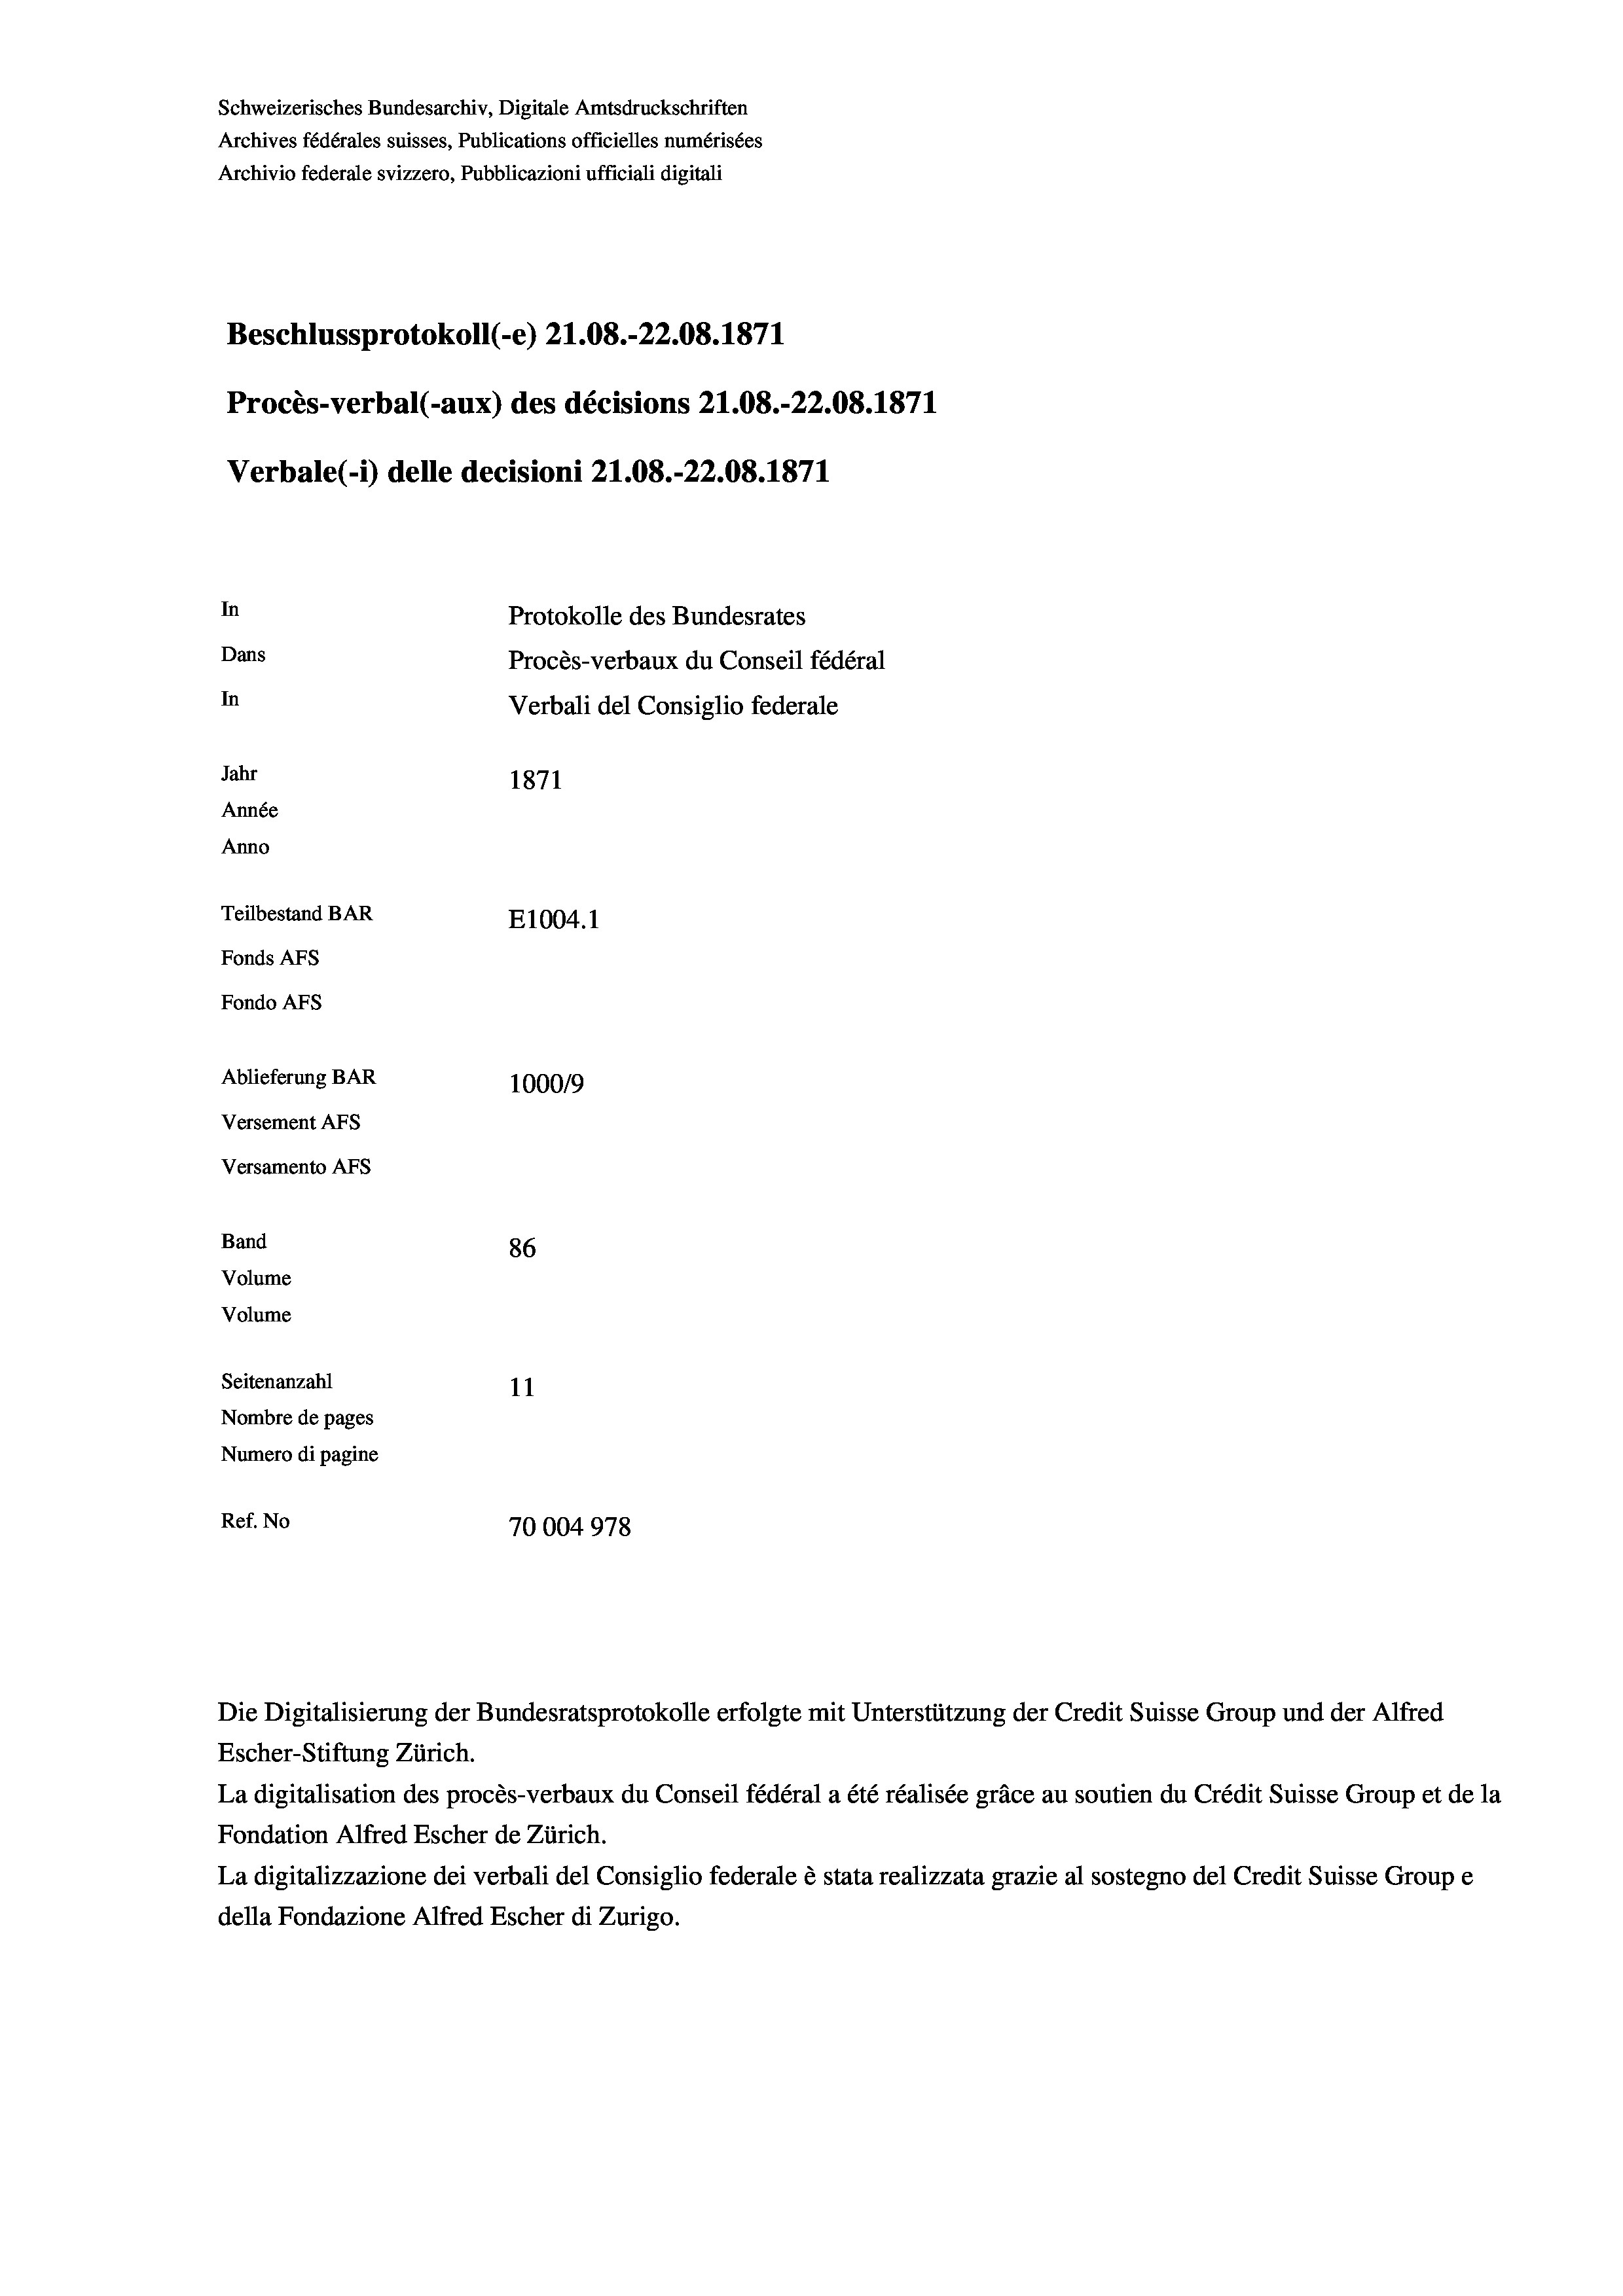
Band

Versamento Afs

Schweizerisches Bundesarchiv, Digitale Amtsdruckschriften
Archives fédérales suisses, Publications officielles numérisées
Archivio federale svizzero, Pubblicazioni ufficiali digitali
Beschlussprotokoll (-e) 21.08.-22.08. 1871
Procès-verbal (-aux) des décisions 21.08.-22.08. 1871
In
Protokolle des Bundesrates
Dans
Procès-verbaux du Conseil fédéral
In
Verbali del Consiglio federale
Jahr
1871
Année
Anno
Teilbestand BAR
E1004. 1
Fonds AFs
Fondo Afs
Ablieferung BAR
100019
Versement AFs

Volume

Verbale (- 1) delle decisioni 21.08.-22.08. 1871

86
Volume
Seitenanzahl
11
Nombre de pages
Numero di pagine
Ref. No
70004978

Die Digitalisierung der Bundesratsprotokolle erfolgte mit Unterstützung der Credit Suisse Group und der Alfred
Escher-Stiftung Zürich.
La digitalisation des procès-verbaux du Conseil fédéral a été réalisée gräce au soutien du Crédit Suisse Group et de la
Fondation Alfred Escher de Zürich.
La digitalizzazione dei verbali del Consiglio federale è stata realizzata grazie al sostegno del Credit Suisse Groupe
della Fondazione Alfred Escher di Zurigo.